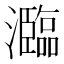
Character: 瀶